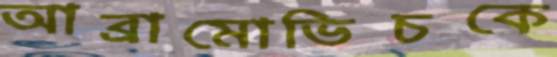
আব্রামোভিচকে